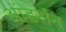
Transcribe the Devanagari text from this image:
आंडर्सन